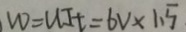
W = U I t = 6 V \times 1 . 5